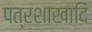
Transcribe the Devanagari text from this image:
पत्रशाखादि